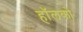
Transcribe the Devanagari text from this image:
हॉलको